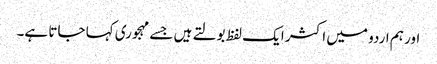
اور ہم اردو میں اکثر ایک لفظ بولتے ہیں جسے مہجوری کہا جاتا ہے۔